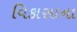
વિકાસાના